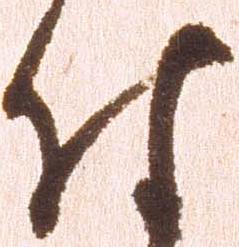
付